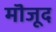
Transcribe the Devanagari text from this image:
मॊजूद